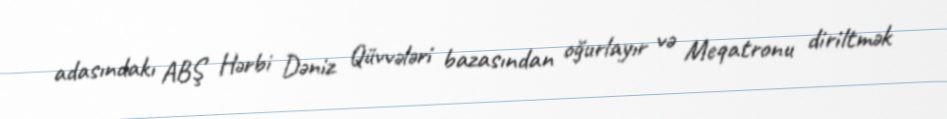
adasındakı ABŞ Hərbi Dəniz Qüvvələri bazasından oğurlayır və Meqatronu diriltmək